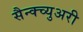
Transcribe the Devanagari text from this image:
सैन्क्च्युअरी